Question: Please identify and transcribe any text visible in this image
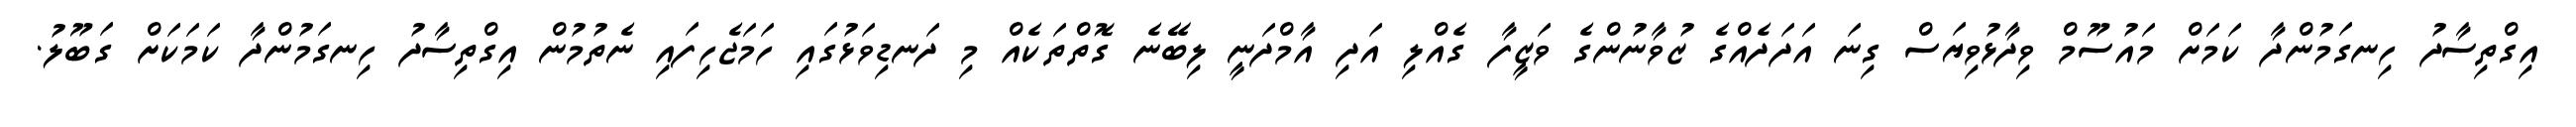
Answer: އިގްތިސާދު ހިނގަމުންދާ ކަމަށް މައުސޫމް ވިދާޅުވިޔަސް ގިނަ އަދަދެއްގެ ޒުވާނުންގެ ވަޒީފާ ގެއްލި އަދި އާމްދަނީ ލިބޭނެ ގޮތްތަކެއް މި ދަނޑިވަޅުގައި ހަމަޖެހިފައި ނެތުމުން އިގްތިސާދު ހިނގަމުންދާ ކަމަކަށް ގަބޫލު.